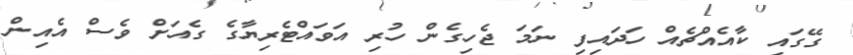
ގޭގައި ކާއެއްޗެއް ހަދައިފި ނަމަ ޖެހިގެން ހުރި އަވައްޓެރިޔާގެ ގެއަށް ވެސް އެއިން